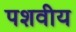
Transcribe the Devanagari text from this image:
पशवीय